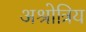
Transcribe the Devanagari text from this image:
अश्रोत्रिय